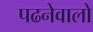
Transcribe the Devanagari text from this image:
पढनेवालो